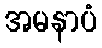
အမနာပံ